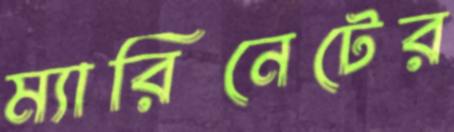
ম্যারিনেটের